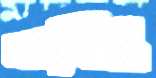
ক্র্যাসিং